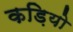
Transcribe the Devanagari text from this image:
कड़ियो